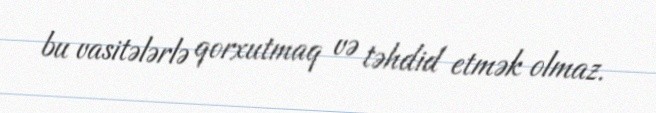
bu vasitələrlə qorxutmaq və təhdid etmək olmaz.